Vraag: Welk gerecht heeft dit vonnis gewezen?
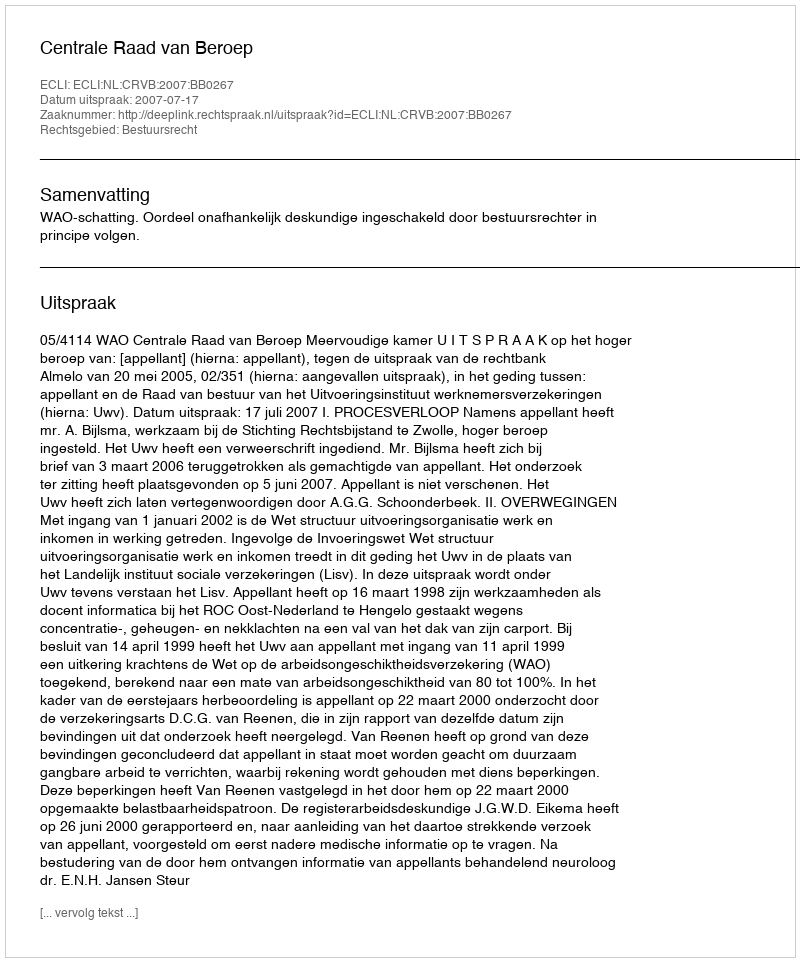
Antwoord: Centrale Raad van Beroep